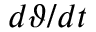
d \vartheta / d t